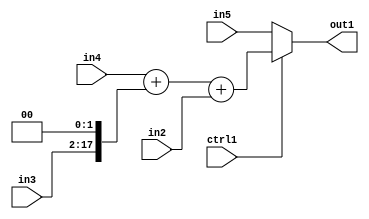
`timescale 1ps / 1ps
/*****************************************************************************
    Verilog RTL Description
    
    
    Created by: Stratus DpOpt 2019.1.01 
*******************************************************************************/

module bn_addr_gen_MuxAdd3u16Cati0u16u32u32u1_4_0 (
	in5,
	in4,
	in3,
	in2,
	ctrl1,
	out1
	); /* architecture "behavioural" */ 
input [31:0] in5,
	in4;
input [15:0] in3,
	in2;
input  ctrl1;
output [31:0] out1;
wire [31:0] asc001,
	asc002;
wire [17:0] asc003;

assign asc003 = {in3,2'B00};

wire [31:0] asc002_tmp_0;
assign asc002_tmp_0 = 
	+(in4)
	+(asc003);
assign asc002 = asc002_tmp_0
	+(in2);

reg [31:0] asc001_tmp_1;
assign asc001 = asc001_tmp_1;
always @ (ctrl1 or asc002 or in5) begin
	case (ctrl1)
		1'B1 : asc001_tmp_1 = asc002 ;
		default : asc001_tmp_1 = in5 ;
	endcase
end

assign out1 = asc001;
endmodule

/* CADENCE  vrf2Qgk= : u9/ySgnWtBlWxVPRXgAZ4Og= ** DO NOT EDIT THIS LINE ******/